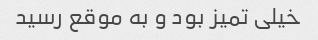
خیلی تمیز بود و به موقع رسید